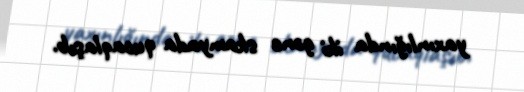
yaxınlığında iki gənc skamyada qucaqlaşıb.